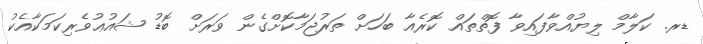
ޑރ. ކަލާމް ލިޔުއްވާފައިވާ ފޮތްތައް ކޮރެއާ ބަހަށް ތަރުޖަމާކޮށްގެން ވަރަށް ބޮޑު ޝައުޢުވެރިކަމަކާއެކު